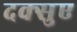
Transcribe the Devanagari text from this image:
दक्सुए